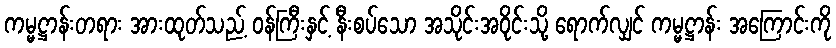
ကမ္မဋ္ဌာန်းတရား အားထုတ်သည့် ဝန်ကြီးနှင့် နီးစပ်သော အသိုင်းအဝိုင်းသို့ ရောက်လျှင် ကမ္မဋ္ဌာန်း အကြောင်းကို